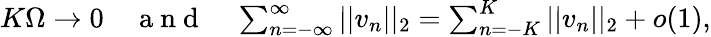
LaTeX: \begin{array}{r}{K\Omega\rightarrow 0\quad\mathrm{~a~n~d~}\quad\sum_{n=-\infty}^{\infty}||v_{n}||_{2}=\sum_{n=-K}^{K}||v_{n}||_{2}+o(1),}\end{array}